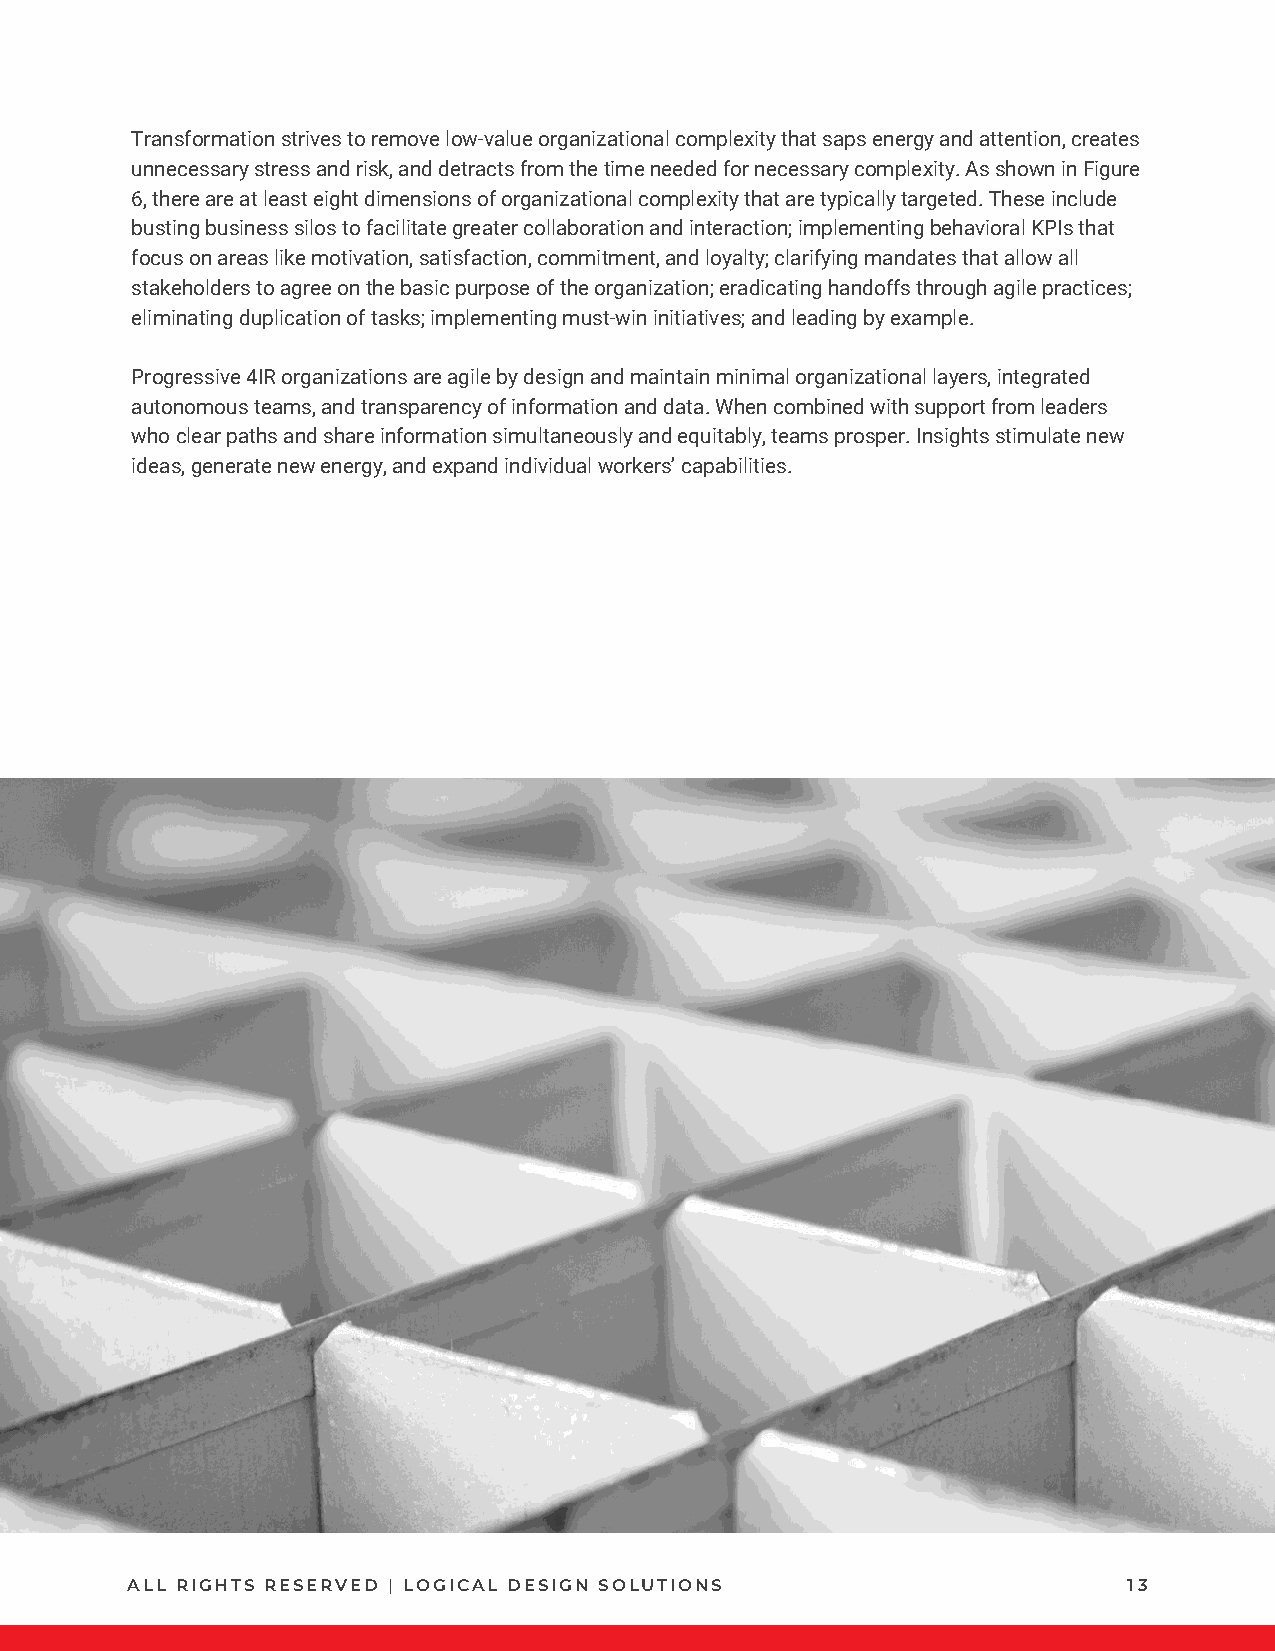
Transformation strives to remove low-value organizational complexity that saps energy and attention, creates
 unnecessary stress and risk, and detracts from the time needed for necessary complexity. As shown in Figure
 6, there are at least eight dimensions of organizational complexity that are typically targeted. These include
 busting business silos to facilitate greater collaboration and interaction; implementing behavioral KPIs that
 focus on areas like motivation, satisfaction, commitment, and loyalty; clarifying mandates that allow all
 stakeholders to agree on the basic purpose of the organization; eradicating handoffs through agile practices;
 eliminating duplication of tasks; implementing must-win initiatives; and leading by example.
 Progressive 4IR organizations are agile by design and maintain minimal organizational layers, integrated
 autonomous teams, and transparency of information and data. When combined with support from leaders
 who clear paths and share information simultaneously and equitably, teams prosper. Insights stimulate new
 ideas, generate new energy, and expand individual workers’ capabilities.
 ALL RIGHTS RESERVED | LOGICAL DESIGN SOLUTIONS                     13